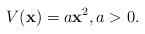
LaTeX: \begin{align*}V(\textbf{x})=a\textbf{x}^2,a>0.\end{align*}